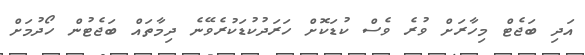
އަދި ބަޖެޓް މިހާރަށް ވުރެ ވެސް ކުޑަކޮށް ހަރަދުކުޑަކުރެވޭނެ ދިމާތައް ބަޖެޓުން ހޯދުމަށް